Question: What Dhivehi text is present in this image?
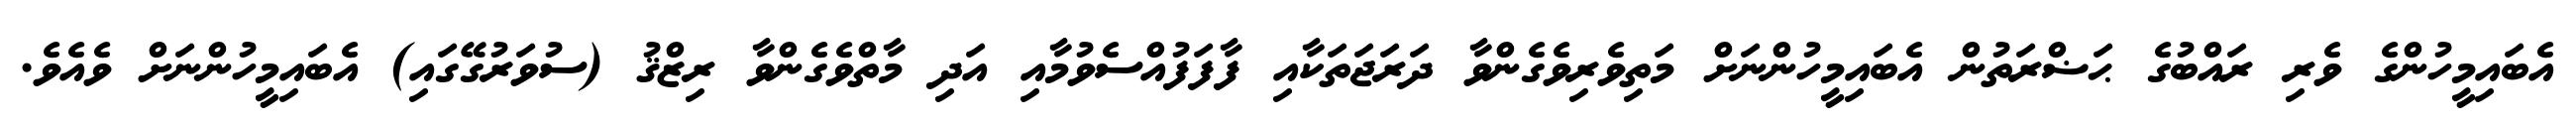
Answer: އެބައިމީހުންގެ ވެރި ރައްބުގެ ޙަޟްރަތުން އެބައިމީހުންނަށް މަތިވެރިވެގެންވާ ދަރަޖަތަކާއި ފާފަފުއްސެވުމާއި އަދި މާތްވެގެންވާ ރިޒްޤު (ސުވަރުގޭގައި) އެބައިމީހުންނަށް ވެއެވެ.